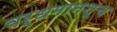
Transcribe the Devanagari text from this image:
वर्धमानश्च